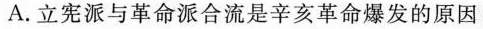
A.立宪派与革命派合流是辛亥革命爆发的原因 （ ）